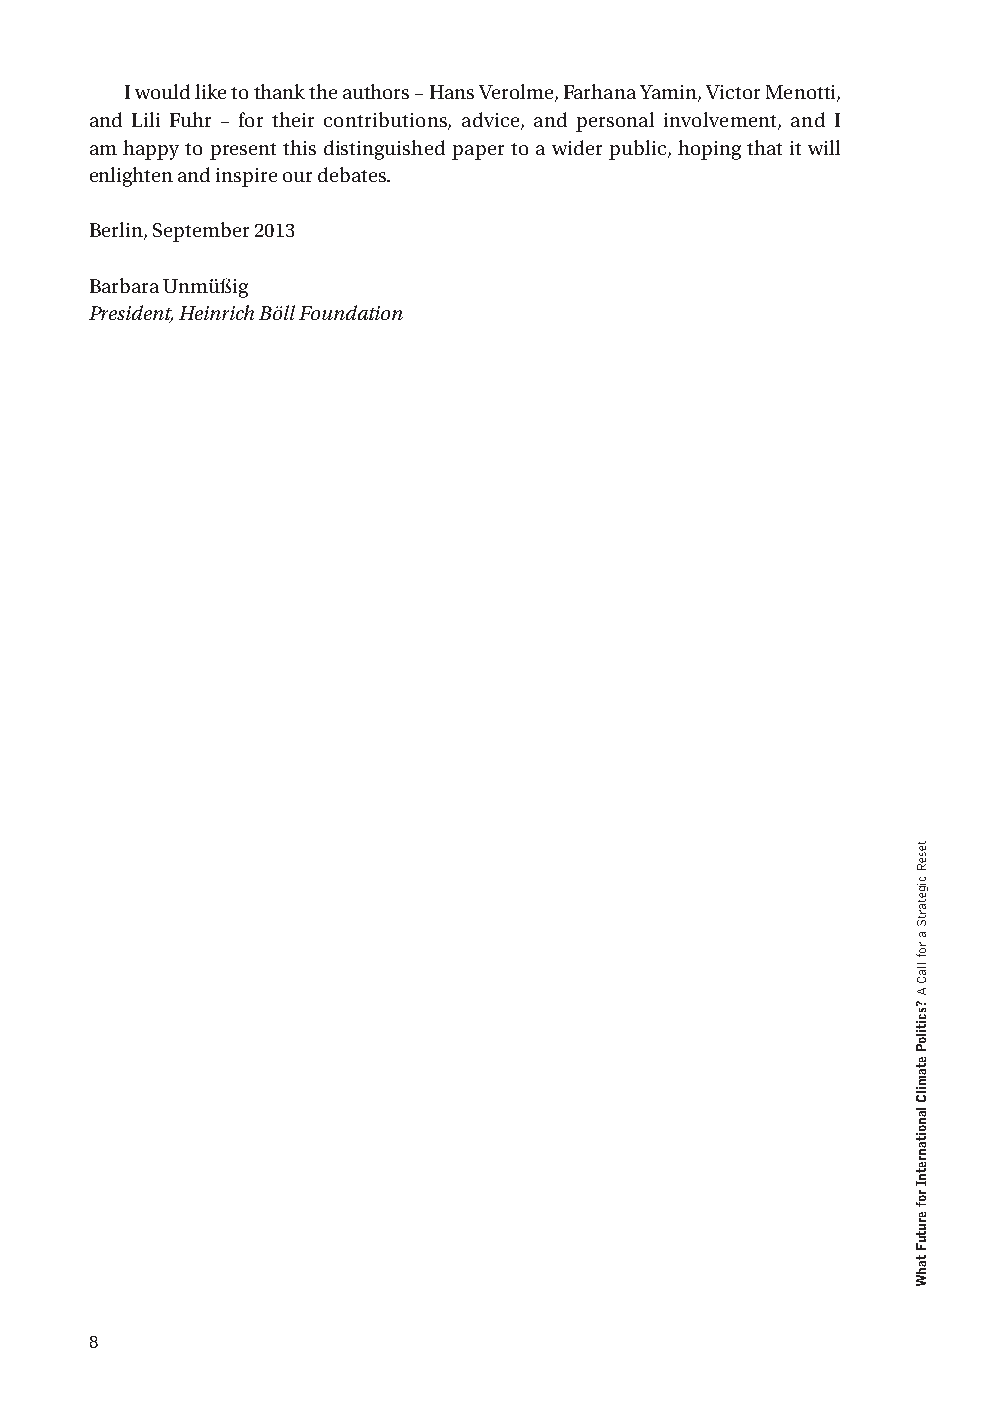
I would like to thank the authors – Hans Verolme, Farhana Yamin, Victor Menotti,
 and Lili Fuhr – for their contributions, advice, and personal involvement, and I
 am happy to present this distinguished paper to a wider public, hoping that it will
 enlighten and inspire our debates.
 Berlin, September 2013
 Barbara Unmüßig
 President, Heinrich Böll Foundation
 8
 teseR
 cigetartS
 a
 rof
 llaC
 A
 ?scitiloP
 etamilC
 lanoitanretnI
 rof
 erutuF
 tahW